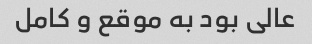
عالی بود به موقع و کامل